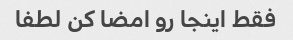
فقط اینجا رو امضا کن لطفا